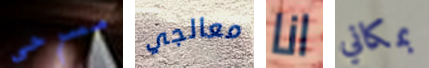
مسرحي معالجي انا بمكاني